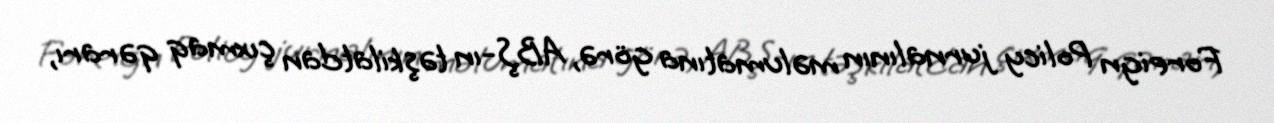
Foreign Policy jurnalının məlumatına görə, ABŞ-ın təşkilatdan çıxmaq qərarı,